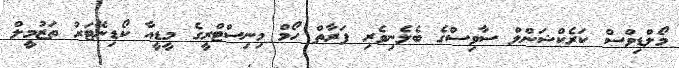
މޯލްޑިވްސް ކަރެކްޝަންލް ސާވިސްގެ ބެލެނިވެރި ފަރާތް ހޯމް މިނިސްޓްރީގެ މީޑީއާ ކޯޑިނޭޓަރު ތަޒުމީލް